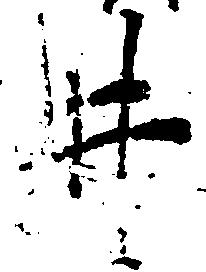
井